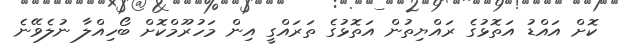
ކޮށް އައްޑު އަތޮޅުގެ ރައްޔިތުން އަތޮޅުގެ ތަރައްގީ އިން މަހުރޫމްކޮށް ބޯހިއްލާ ނުލެވޭނެ